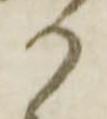
か